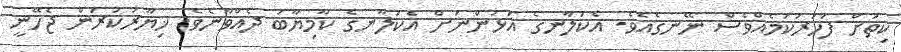
ކިތަށް ފަހަރުކަމެއްވެސް ނޭނގެއެވެ. އެކަލާނގެ އަޅުންނަށް އެކަލާނގެ ކާމިޔާބު ދެއްވާނެވެ. ޚިޔާރުކުރަން ޖެހޭނީ